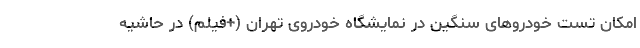
امکان تست خودروهای سنگین در نمایشگاه خودروی تهران (+فیلم) در حاشیه